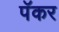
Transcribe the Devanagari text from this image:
पॅकर